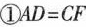
①$$AD=CF$$